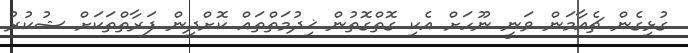
ގުޅިގެން ޗެއާމަން ވަނީ ނޫހަށް އެކި ގޮތްގޮތުން ޚިދުމަތްތައް ކޮށްދިން ފަރާތްތަކަށް ޝުކުރު